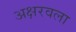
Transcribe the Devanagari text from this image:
अक्षरवला